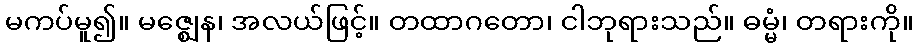
မကပ်မူ၍။ မဇ္ဈေန၊ အလယ်ဖြင့်။ တထာဂတော၊ ငါဘုရားသည်။ ဓမ္မံ၊ တရားကို။